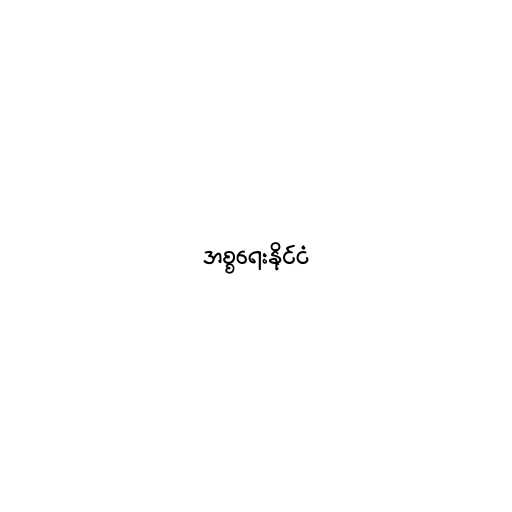
အစ္စရေးနိုင်ငံ